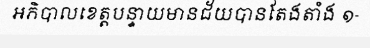
អភិបាលខេត្តបន្ទាយមានជ័យបានតែងតាំង ១-